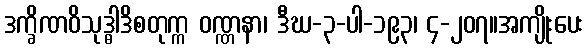
ဒက္ခိဏဝိသုဒ္ဓါဒိစတုက္က ဝဏ္ဏနာ၊ ဒီဃ-၃-ပါ-၁၉၃၊ ၄-၂၀၇။အကျိုးပေး